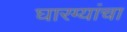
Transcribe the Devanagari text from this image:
घारग्यांचा